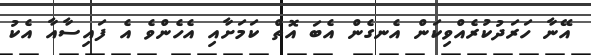
އޭނާ ހަރަދުކުރެއްވިކަން އެނގެން އެބަ އޮތް ކަމަށާއި އެހެންވެ އެ ފައިސާއާ އެކު